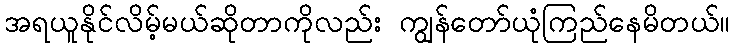
အရယူနိုင်လိမ့်မယ်ဆိုတာကိုလည်း ကျွန်တော်ယုံကြည်နေမိတယ်။